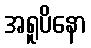
အရူပိနော